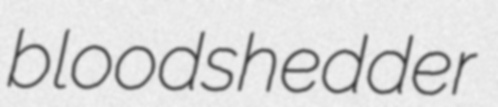
bloodshedder